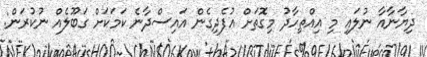
ދިޔާނާއާ ނުލައި މި އިއްތިހާދު މިގޮތަށް އުފެދިގެން އައިސްދާނެ ކަމަކަށް ގަބޫލެއް ނުކުރަން: